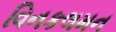
વિનકલમન